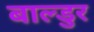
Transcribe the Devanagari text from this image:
बाल्डुर